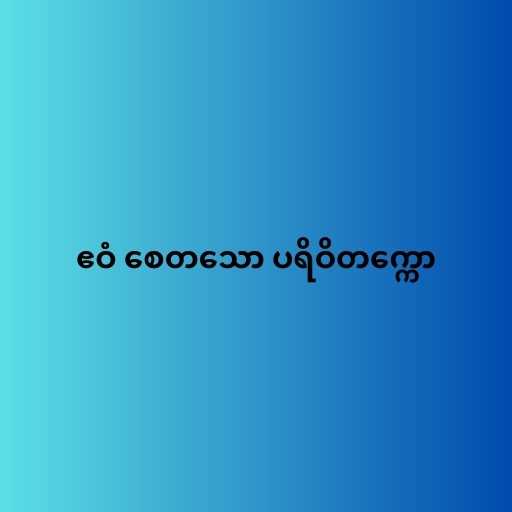
ဧဝံ စေတသော ပရိဝိတက္ကော